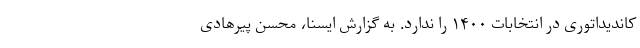
کاندیداتوری در انتخابات ۱۴۰۰ را ندارد. به گزارش ایسنا، محسن پیرهادی